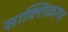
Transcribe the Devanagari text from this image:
साक्तिकरण